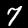
Digit: 7